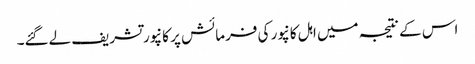
اس کے نتیجہ میں اہل کانپور کی فرمائش پر کانپور تشریف لےگئے۔